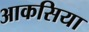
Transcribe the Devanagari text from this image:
आकसिया